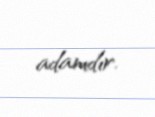
adamdır.